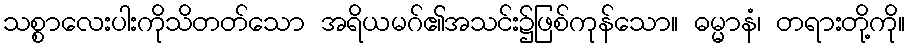
သစ္စာလေးပါးကိုသိတတ်သော အရိယမဂ်၏အသင်း၌ဖြစ်ကုန်သော။ ဓမ္မာနံ၊ တရားတို့ကို။